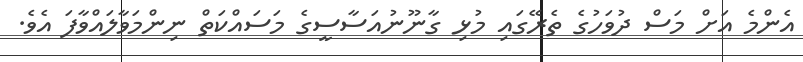
އެންމެ އަށް މަސް ދުވަހުގެ ތެރޭގައި މުޅި ގާނޫނުއަސާސީގެ މަސައްކަތް ނިންމަވާލައްވާފަ އެވެ.